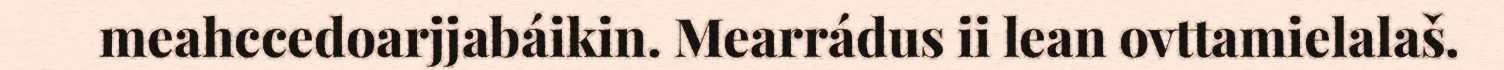
meahccedoarjjabáikin. Mearrádus ii lean ovttamielalaš.